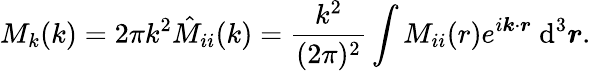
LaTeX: M_{k}(k)=2\pi k^{2}\hat{M}_{ii}(k)=\frac{k^{2}}{(2\pi)^{2}}\int M_{ii}(r)e^{i\boldsymbol{k}\cdot\boldsymbol{r}}~\mathrm{d}^{3}\boldsymbol{r}.